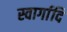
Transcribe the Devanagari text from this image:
स्वार्गादि